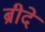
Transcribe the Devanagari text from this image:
ब्रीदे